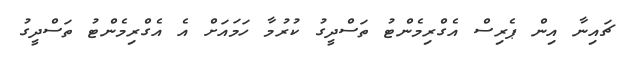
ޗައިނާ އިން ޕެރިސް އެގްރިމެންޓު ތަސްދީގު ކުރުމާ ހަމައަށް އެ އެގްރިމެންޓު ތަސްދީގު